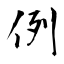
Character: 例